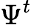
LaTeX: \Psi^{t}